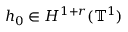
h _ { 0 } \in H ^ { 1 + r } ( \ensuremath { \mathbb { T } } ^ { 1 } )